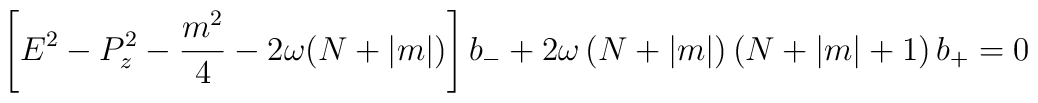
\left[ E^{2}-P_{z}^{2}-\frac{m^{2}}{4}-2\omega (N+\left| m\right| )\right]b_{-}+2\omega \left( N+\left| m\right| \right) \left( N+\left| m\right|+1\right) b_{+}=0